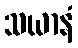
သယာနံ